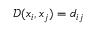
\mathcal { D } ( x _ { i } , x _ { j } ) = d _ { i j }